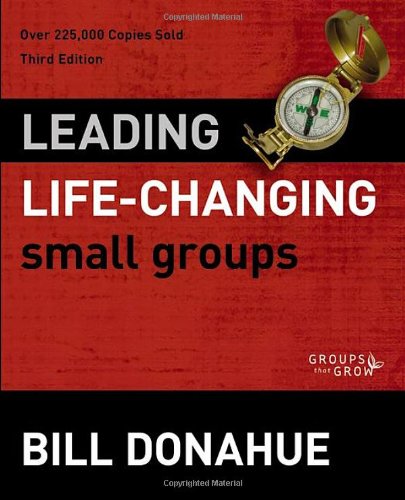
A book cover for Leading Life-Changing Small Groups (Groups that Grow); Bill Donahue; Christian Books & Bibles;